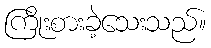
ကြိုးစားခဲ့သေးသည်။